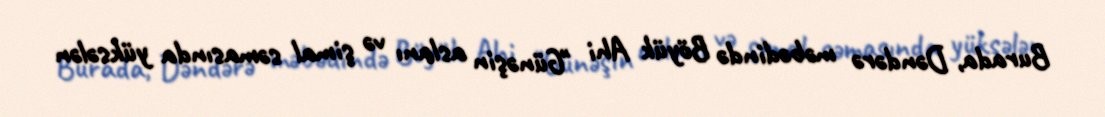
Burada, Dəndərə məbədində Böyük Ahi "Günəşin aslanı və şimal səmasında yüksələn